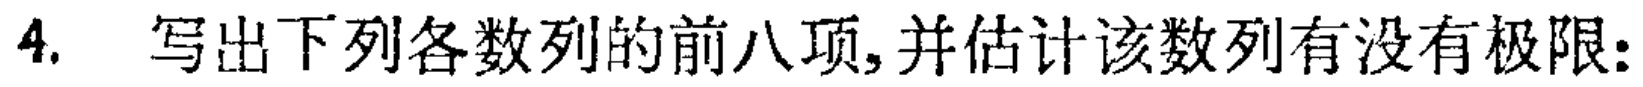
4. 写出下列各数列的前八项,并估计该数列有没有极限：